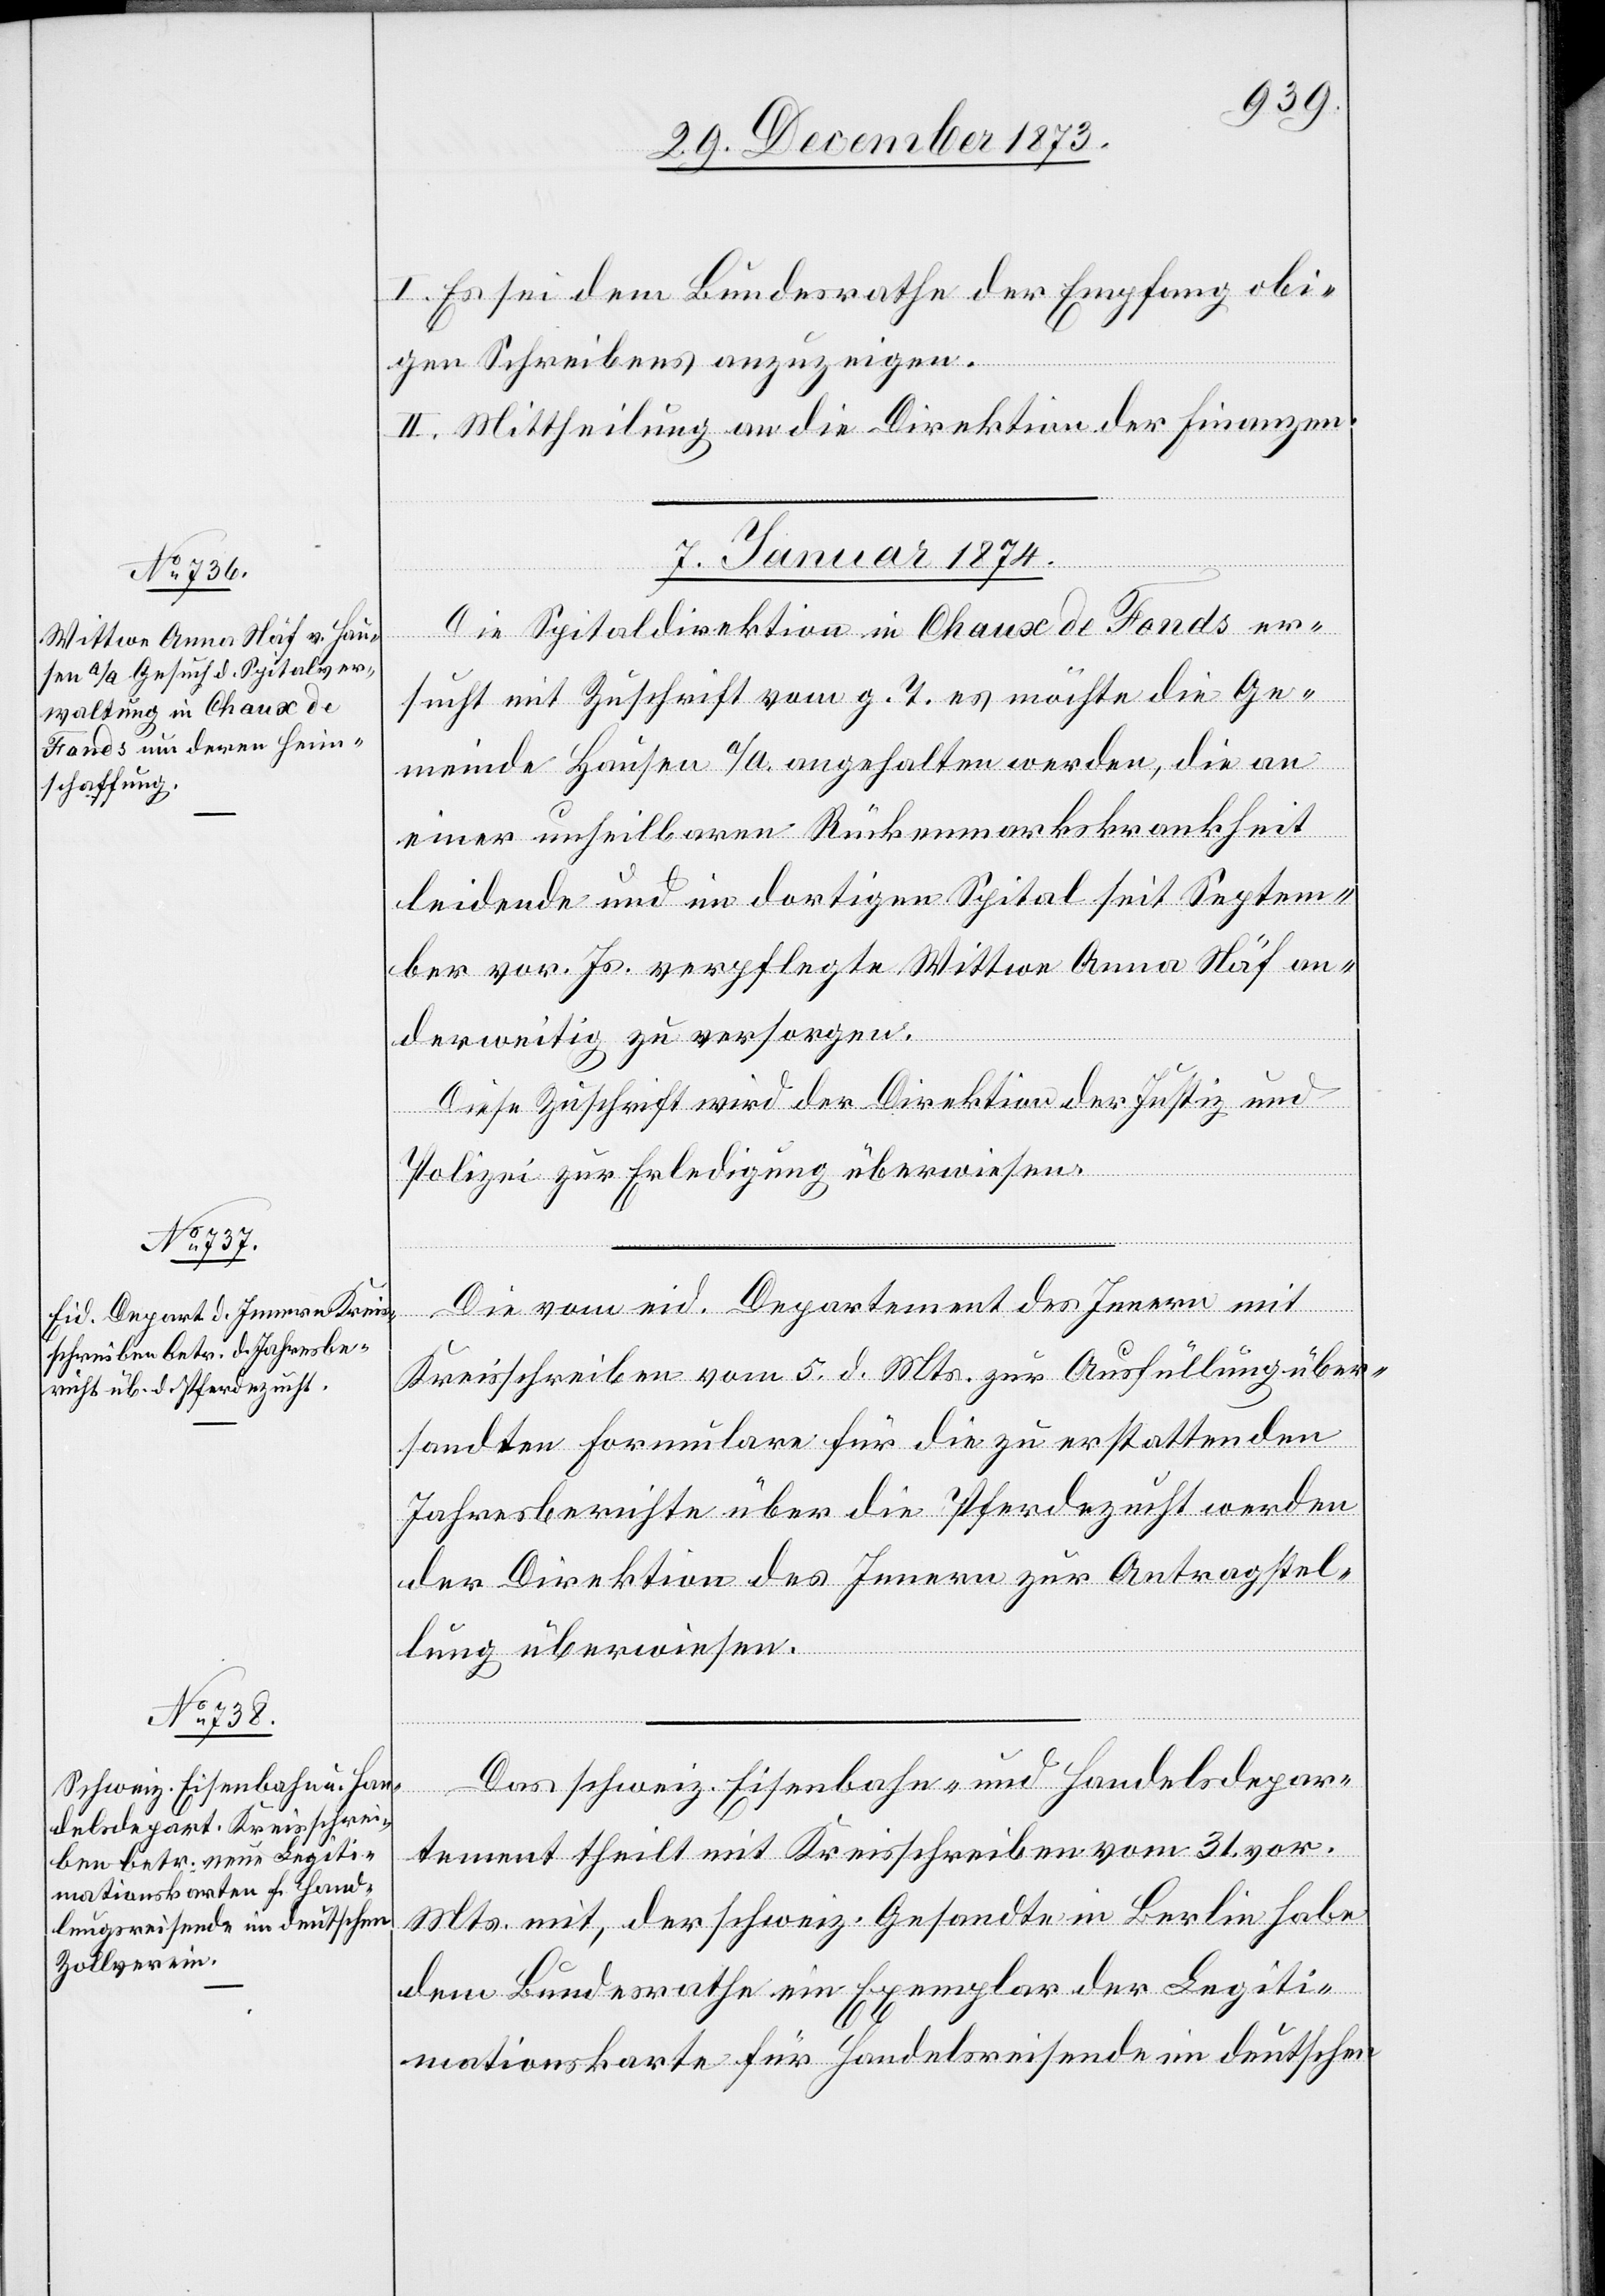
I. Es sei dem Bundesrathe der Empfang obi¬
gen Schreibens anzuzeigen.
II. Mittheilung an die Direktion der Finanzen.
7. Januar 1874.]
Die Spitaldirektion in Chaux de Fonds er¬
sucht mit Zuschrift vom g. T. es möchte die Ge¬
meinde Hausen a/A. angehalten werden, die an
einer unheilbaren Rückenmarkskrankheit
leidende und im dortigen Spital seit Septem¬
ber vor. Js. verpflegte Wittwe Anna Näf an¬
derweitig zu versorgen.
Diese Zuschrift wird der Direktion der Justiz und
Polizei zur Erledigung überwiesen.
Die vom eid. Departement des Innern mit
Kreisschreiben vom 5. d. Mts. zur Ausfüllung über¬
sandten Formulare für die zu erstattenden
Jahresberichte über die Pferdezucht werden
der Direktion des Innern zur Antragstel¬
lung überwiesen.
Das schweiz. Eisenbahn- und Handelsdepar¬
tement theilt mit Kreisschreiben vom 31. vor.
Mts. mit, der schweiz. Gesandte in Berlin habe
dem Bundesrathe ein Exemplar der Legiti¬
mationskarte für Handelsreisende im deutschen